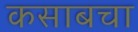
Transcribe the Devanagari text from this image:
कसाबचा